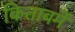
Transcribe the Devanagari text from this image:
किताबमें